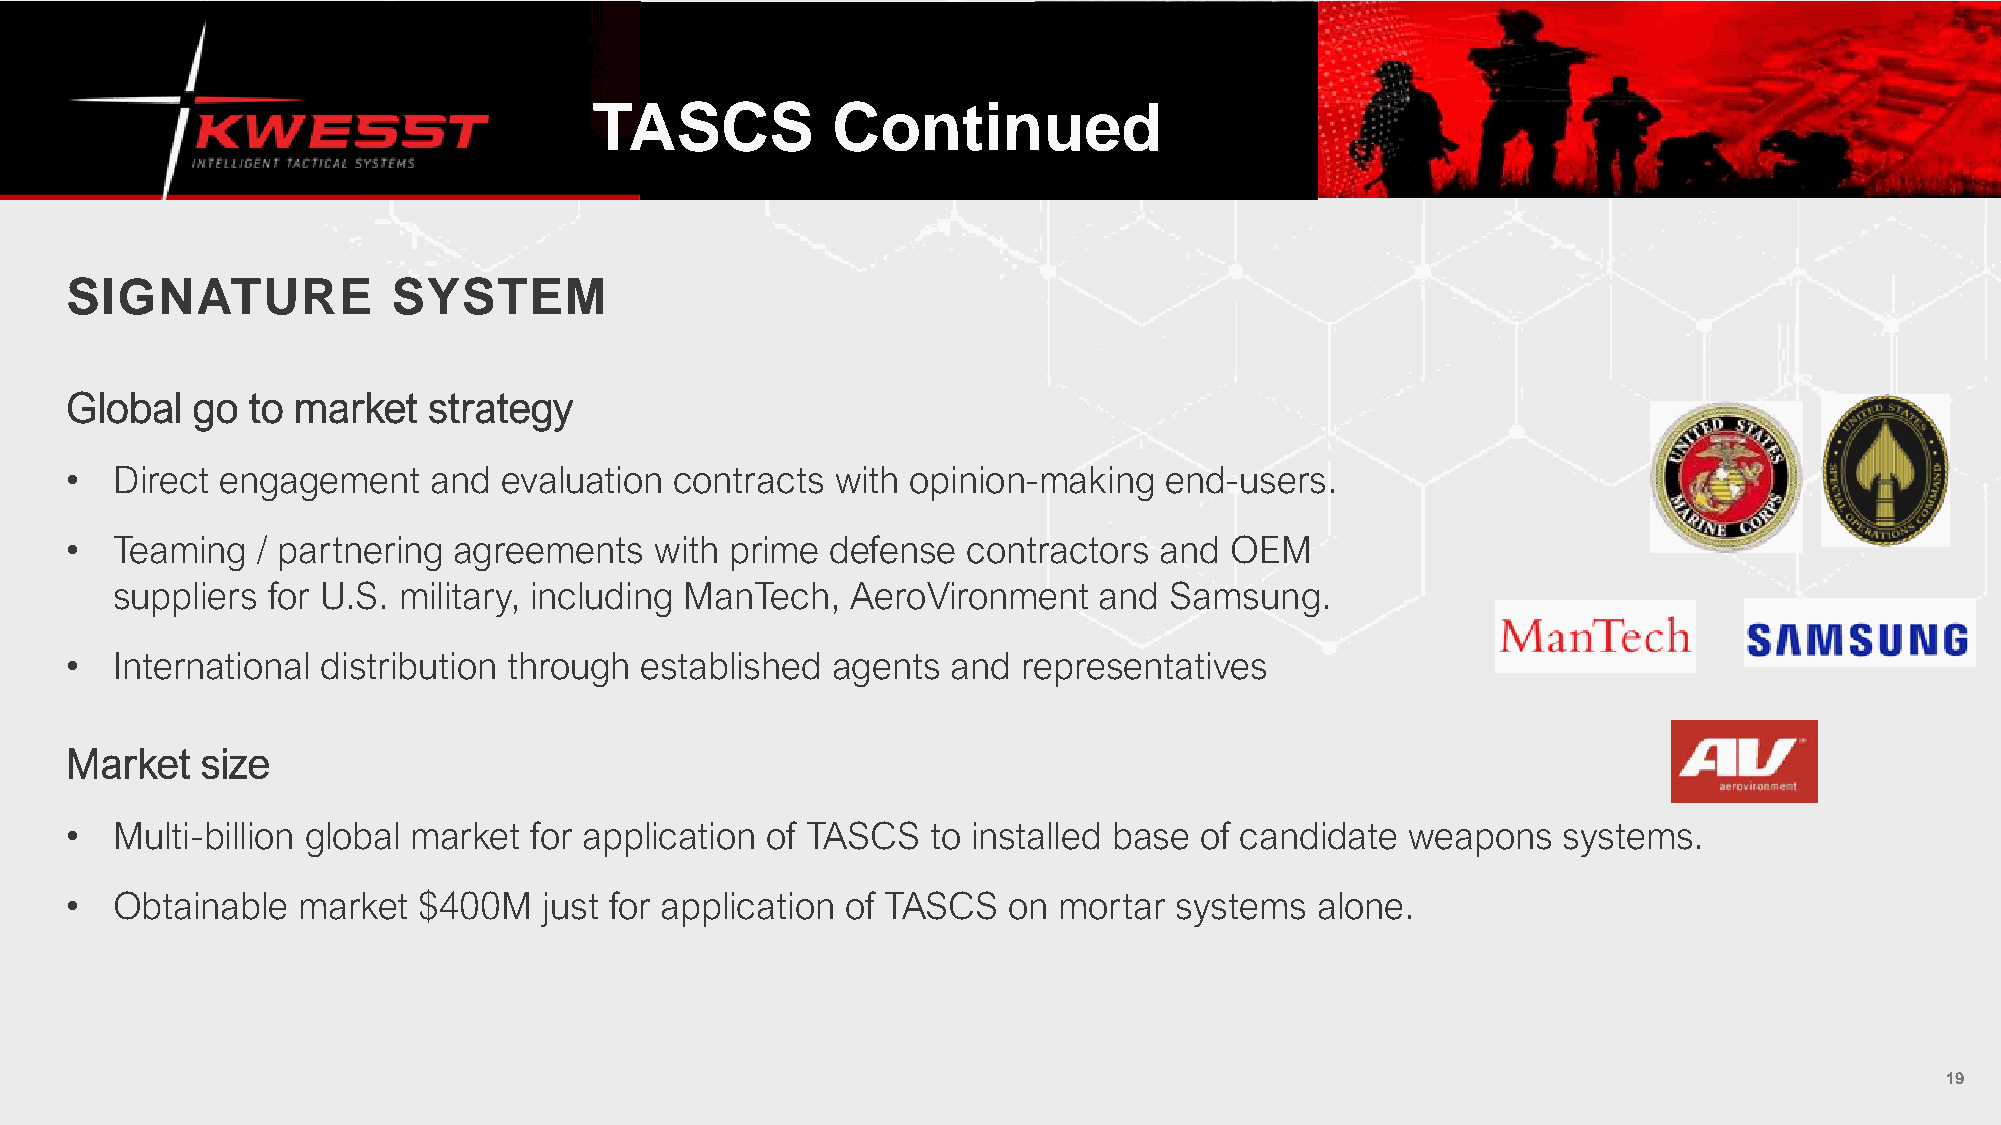
TASCS           Continued
 SIGNATURE             SYSTEM
 Global   go to market   strategy
 •  Direct  engagement    and evaluation  contracts with opinion-making   end-users.
 •  Teaming   / partnering agreements   with prime  defense  contractors  and OEM
 suppliers  for U.S. military, including ManTech, AeroVironment    and Samsung.
 •  International distribution through established  agents  and  representatives
 Market   size
 •  Multi-billion global market for application of TASCS   to installed base of candidate weapons   systems.
 •  Obtainable   market  $400M   just for application of TASCS  on mortar  systems  alone.
 19